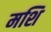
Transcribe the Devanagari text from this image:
मशि